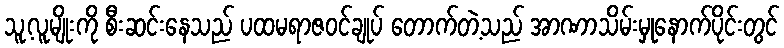
သူ့လူမျိုးကို စီးဆင်းနေသည် ပထမရာဇဝင်ချုပ် တောက်တဲ့သည် အာဏာသိမ်းမှုနောက်ပိုင်းတွင်